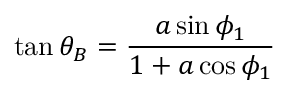
\tan \theta _ { B } = \frac { a \sin \phi _ { 1 } } { 1 + a \cos \phi _ { 1 } }